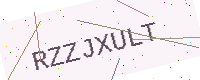
Text: RZZJXULT